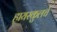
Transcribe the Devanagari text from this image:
हायस्‍कुलचे